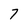
Character: 7